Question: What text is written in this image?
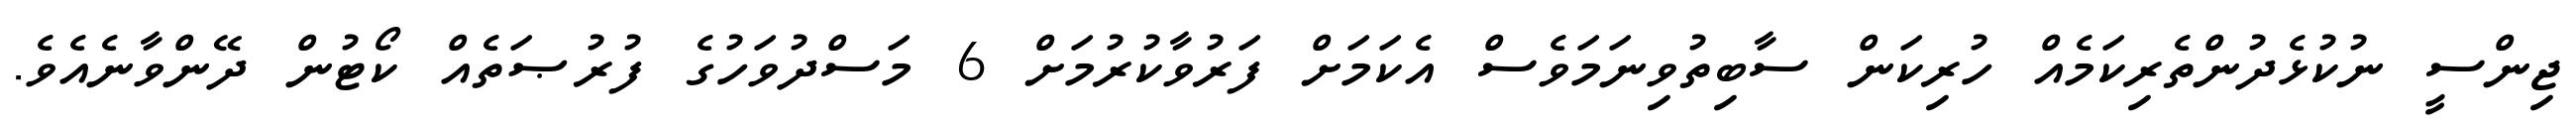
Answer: ޖިންސީ ނުކުޅެދުންތެރިކަމެއް ހުރިކަން ސާބިތުވިނަމަވެސް އެކަމަށް ފަރުވާކުރުމަށް 6 މަސްދުވަހުގެ ފުރުޞަތެއް ކޯޓުން ދޭންވާނެއެވެ.